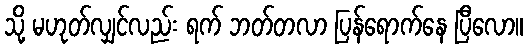
သို့ မဟုတ်လျှင်လည်း ရက် ဘတ်တလာ ပြန်ရောက်နေ ပြီလော။